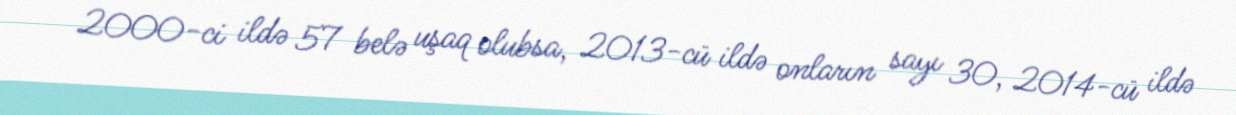
2000-ci ildə 57 belə uşaq olubsa, 2013-cü ildə onların sayı 30, 2014-cü ildə